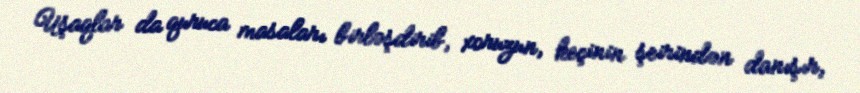
Uşaqlar da quruca masaları birləşdirib, xoruzun, keçinin şeirindən danışır,